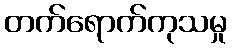
တက်ရောက်ကုသမှု